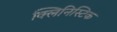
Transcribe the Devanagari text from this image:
क्लिनिस्टिक